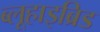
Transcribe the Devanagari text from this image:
ब्लूहाइब्रिड